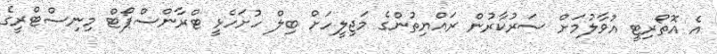
އެ އޮތޯރިޓީ އުވާލުމަށް ސަރުކާރުން ރައްޔިތުންގެ މަޖިލީހަށް ބިލް ހުށަހެޅީ ޓްރާންސްޕޯޓް މިނިސްޓްރީގެ